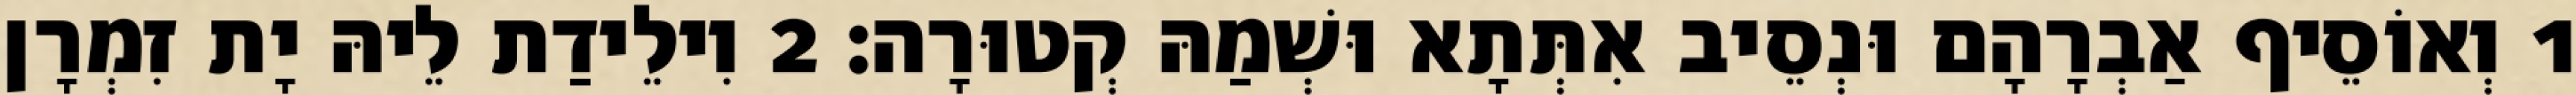
1 וְאוֹסֵיף אַבְרָהָם וּנְסֵיב אִתְּתָא וּשְׁמַהּ קְטוּרָה׃ 2 וִילֵידַת לֵיהּ יָת זִמְרָן